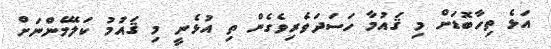
އަޅެ ތިހާބޮޑަށް މި ޤައުމާ ހަސަދަވެރިވެގެން ތި އުޅެނީ މި ޤައުމު ކަލޭމެންނަށް